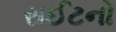
રાઈટનો